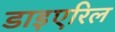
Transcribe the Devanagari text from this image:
डाइएरिल